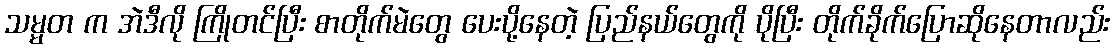
သမ္မတ က အဲဒီလို ကြိုတင်ပြီး စာတိုက်မဲတွေ ပေးပို့နေတဲ့ ပြည်နယ်တွေကို ပိုပြီး တိုက်ခိုက်ပြောဆိုနေတာလည်း